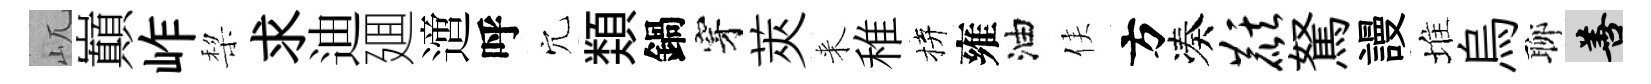
屼巔岞棃求迪廽𨗁呼穴𩔖鍋穿莢来稚拚雍油侯方凑麒駑謾堆烏聊善